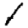
Digit: 1